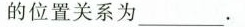
的位置关系为_.